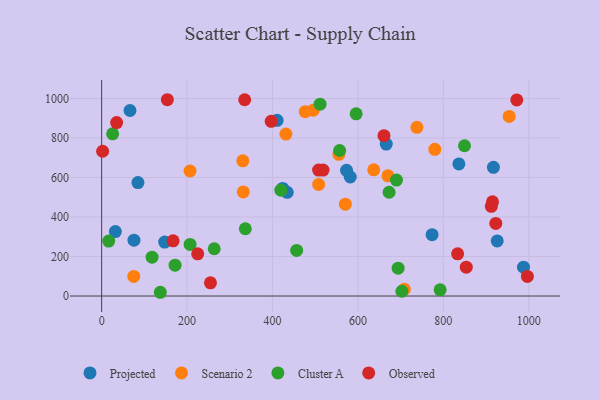
{"axis": {"x": "Engine Size", "y": "Sales"}, "legend": ["Cluster A", "Observed", "Projected", "Scenario 2"], "data": [{"x": "75.7", "y": 282.6, "type": "Projected"}, {"x": "66.4", "y": 939.1, "type": "Projected"}, {"x": "410.8", "y": 889.2, "type": "Projected"}, {"x": "917.3", "y": 651.6, "type": "Projected"}, {"x": "85.0", "y": 574.1, "type": "Projected"}, {"x": "836.4", "y": 668.7, "type": "Projected"}, {"x": "424.0", "y": 544.7, "type": "Projected"}, {"x": "987.7", "y": 145.9, "type": "Projected"}, {"x": "773.7", "y": 310.4, "type": "Projected"}, {"x": "434.5", "y": 524.8, "type": "Projected"}, {"x": "582.1", "y": 602.6, "type": "Projected"}, {"x": "147.6", "y": 273.2, "type": "Projected"}, {"x": "926.2", "y": 278.9, "type": "Projected"}, {"x": "573.4", "y": 636.4, "type": "Projected"}, {"x": "32.1", "y": 326.3, "type": "Projected"}, {"x": "666.4", "y": 769.0, "type": "Projected"}, {"x": "570.6", "y": 464.9, "type": "Scenario 2"}, {"x": "476.7", "y": 933.2, "type": "Scenario 2"}, {"x": "495.3", "y": 940.3, "type": "Scenario 2"}, {"x": "330.6", "y": 684.3, "type": "Scenario 2"}, {"x": "738.2", "y": 854.2, "type": "Scenario 2"}, {"x": "206.9", "y": 632.8, "type": "Scenario 2"}, {"x": "431.4", "y": 819.9, "type": "Scenario 2"}, {"x": "331.7", "y": 527.2, "type": "Scenario 2"}, {"x": "708.7", "y": 34.4, "type": "Scenario 2"}, {"x": "780.1", "y": 742.4, "type": "Scenario 2"}, {"x": "555.5", "y": 717.3, "type": "Scenario 2"}, {"x": "637.1", "y": 638.6, "type": "Scenario 2"}, {"x": "954.2", "y": 909.3, "type": "Scenario 2"}, {"x": "670.3", "y": 608.6, "type": "Scenario 2"}, {"x": "75.2", "y": 99.2, "type": "Scenario 2"}, {"x": "508.1", "y": 565.0, "type": "Scenario 2"}, {"x": "557.2", "y": 736.7, "type": "Cluster A"}, {"x": "118.0", "y": 196.8, "type": "Cluster A"}, {"x": "690.3", "y": 587.1, "type": "Cluster A"}, {"x": "419.6", "y": 535.9, "type": "Cluster A"}, {"x": "336.4", "y": 340.6, "type": "Cluster A"}, {"x": "673.0", "y": 525.3, "type": "Cluster A"}, {"x": "25.8", "y": 821.3, "type": "Cluster A"}, {"x": "263.6", "y": 239.2, "type": "Cluster A"}, {"x": "207.1", "y": 261.1, "type": "Cluster A"}, {"x": "511.4", "y": 971.0, "type": "Cluster A"}, {"x": "792.5", "y": 31.4, "type": "Cluster A"}, {"x": "456.6", "y": 230.9, "type": "Cluster A"}, {"x": "171.9", "y": 156.2, "type": "Cluster A"}, {"x": "849.6", "y": 760.6, "type": "Cluster A"}, {"x": "16.5", "y": 278.4, "type": "Cluster A"}, {"x": "703.0", "y": 24.3, "type": "Cluster A"}, {"x": "137.4", "y": 19.0, "type": "Cluster A"}, {"x": "595.9", "y": 922.1, "type": "Cluster A"}, {"x": "694.2", "y": 141.1, "type": "Cluster A"}, {"x": "254.8", "y": 67.0, "type": "Observed"}, {"x": "833.5", "y": 213.5, "type": "Observed"}, {"x": "853.7", "y": 146.1, "type": "Observed"}, {"x": "996.8", "y": 99.2, "type": "Observed"}, {"x": "35.1", "y": 878.2, "type": "Observed"}, {"x": "661.0", "y": 811.9, "type": "Observed"}, {"x": "915.1", "y": 477.1, "type": "Observed"}, {"x": "972.0", "y": 992.6, "type": "Observed"}, {"x": "153.8", "y": 993.7, "type": "Observed"}, {"x": "397.0", "y": 884.4, "type": "Observed"}, {"x": "912.4", "y": 454.1, "type": "Observed"}, {"x": "2.3", "y": 732.8, "type": "Observed"}, {"x": "334.9", "y": 993.5, "type": "Observed"}, {"x": "518.4", "y": 637.5, "type": "Observed"}, {"x": "922.9", "y": 367.6, "type": "Observed"}, {"x": "508.0", "y": 637.7, "type": "Observed"}, {"x": "167.3", "y": 279.2, "type": "Observed"}, {"x": "224.9", "y": 213.5, "type": "Observed"}]}